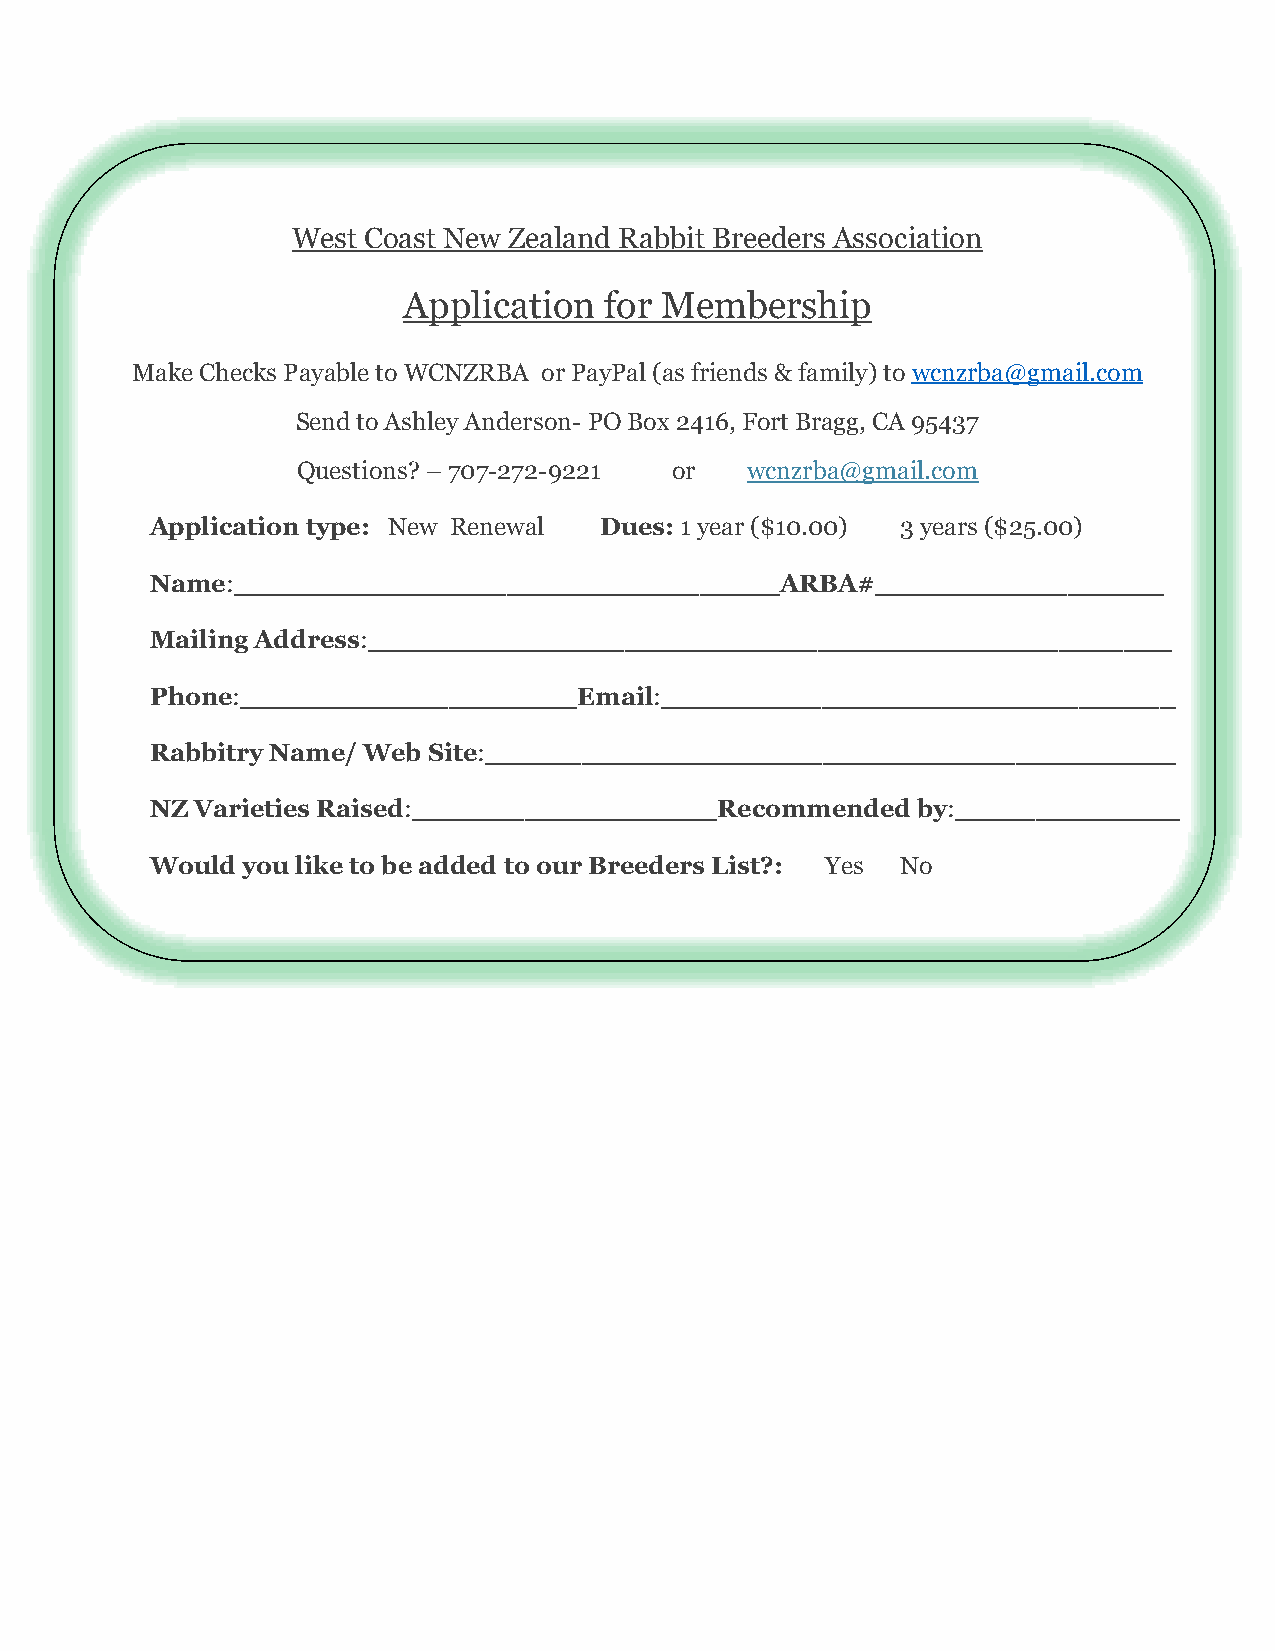
West Coast New Zealand Rabbit Breeders Association
 Application  for Membership
 Make Checks Payable to WCNZRBA or PayPal (as friends & family) to wcnzrba@gmail.com
 Send to Ashley Anderson- PO Box 2416, Fort Bragg, CA 95437
 Questions? – 707-272-9221 or wcnzrba@gmail.com
 Application type: New Renewal Dues: 1 year ($10.00) 3 years ($25.00)
 Name:__________________________________ARBA#__________________
 Mailing Address:__________________________________________________
 Phone:_____________________Email:________________________________
 Rabbitry Name/ Web Site:___________________________________________
 NZ Varieties Raised:___________________Recommended by:______________
 Would you like to be added to our Breeders List?: Yes No